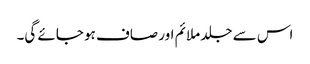
اس سے جلد ملائم اور صاف ہو جائے گی۔